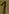
Text: 1